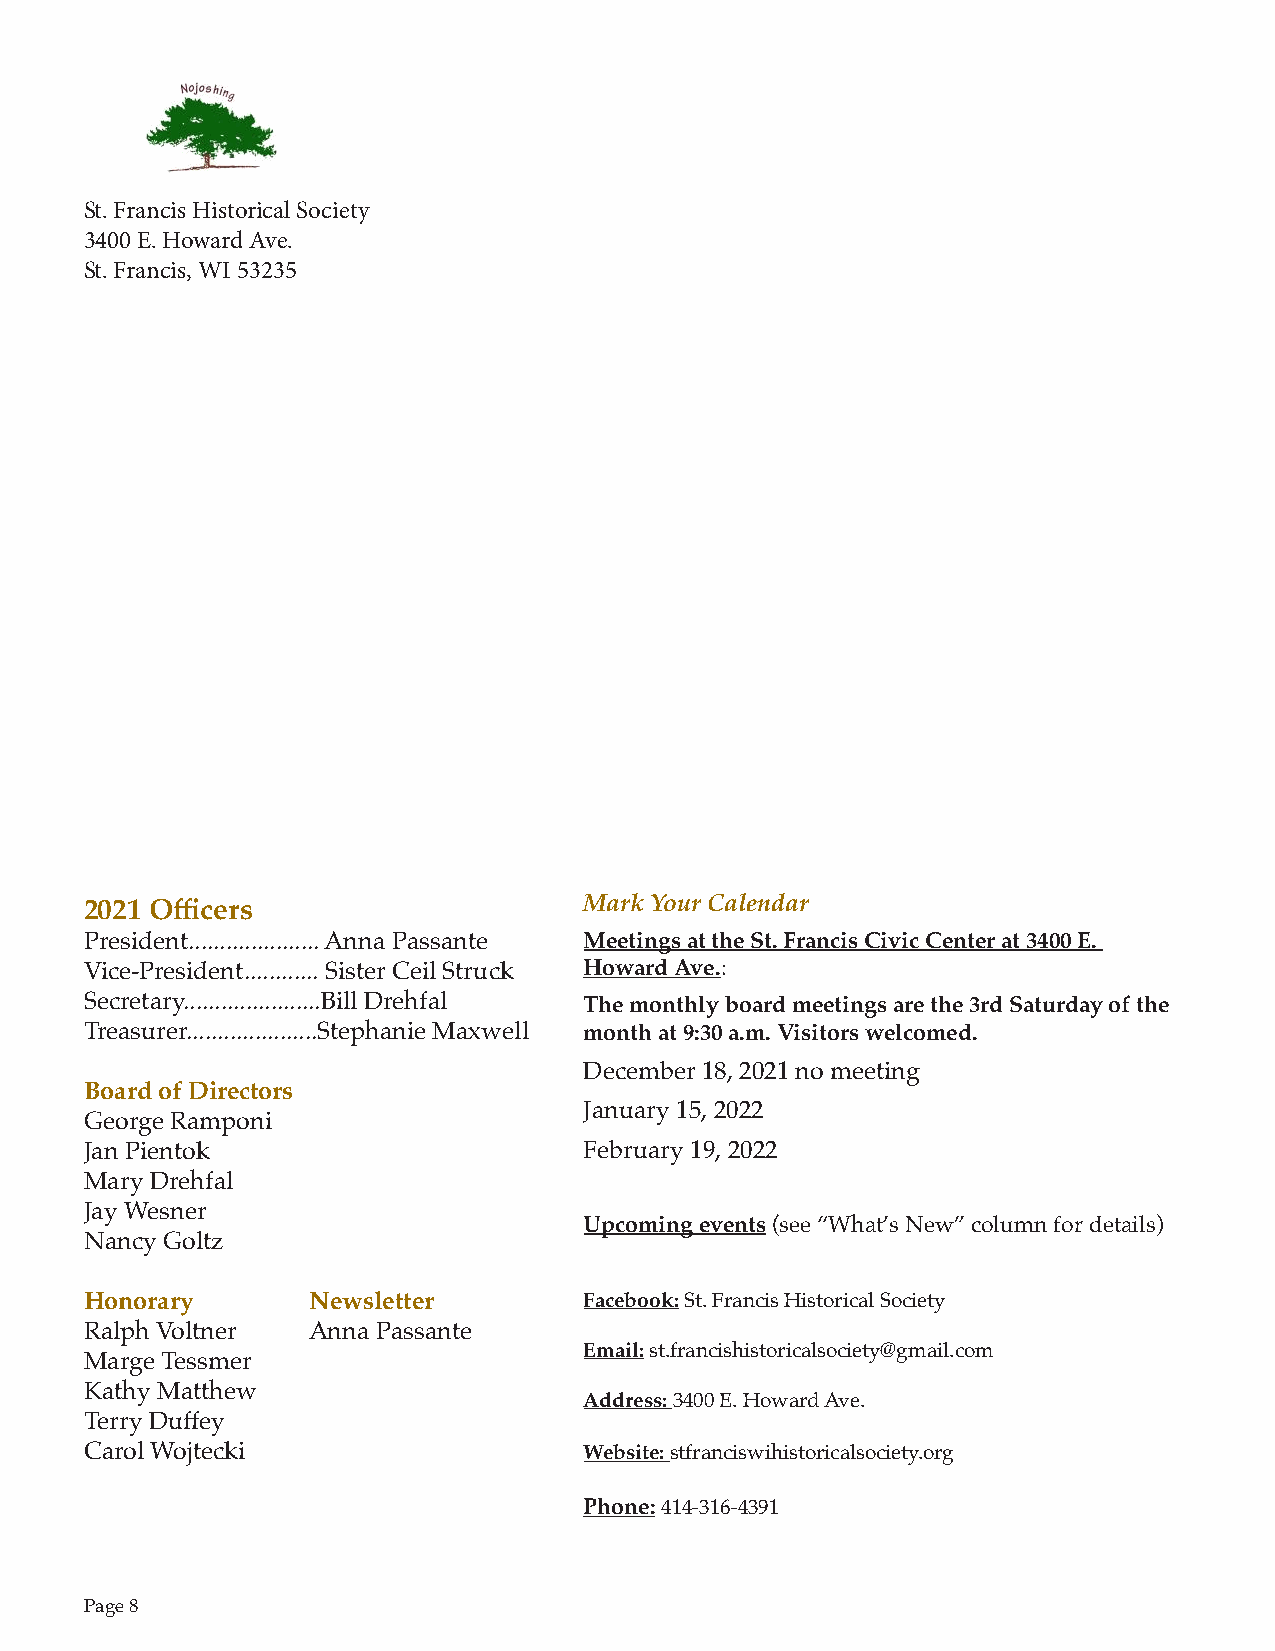
St. Francis Historical Society
 3400 E. Howard Ave.
 St. Francis, WI 53235
 2021 Officers                    Mark Your Calendar
 President..................... Anna Passante Meetings at the St. Francis Civic Center at 3400 E.
 Vice-President............ Sister Ceil Struck Howard Ave.:
 Secretary......................Bill Drehfal The monthly board meetings are the 3rd Saturday of the
 Treasurer.....................Stephanie Maxwell month at 9:30 a.m. Visitors welcomed.
 December 18, 2021 no meeting
 Board of Directors
 January 15, 2022
 George Ramponi
 Jan Pientok                      February 19, 2022
 Mary Drehfal
 Jay Wesner
 Upcoming events (see “What’s New” column for details)
 Nancy Goltz
 Honorary      Newsletter         Facebook: St. Francis Historical Society
 Ralph Voltner Anna Passante
 Email: st.francishistoricalsociety@gmail.com
 Marge Tessmer
 Kathy Matthew
 Address: 3400 E. Howard Ave.
 Terry Duffey
 Carol Wojtecki                   Website: stfranciswihistoricalsociety.org
 Phone: 414-316-4391
 Page 8